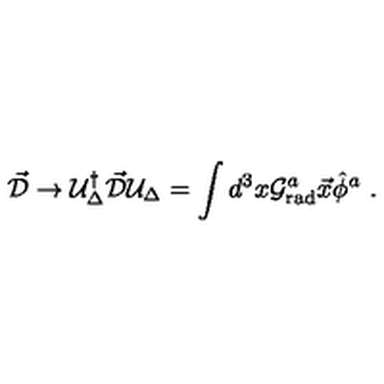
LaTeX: \vec { \cal D } \to { \cal U } _ { \Delta } ^ { \dagger } \vec { \cal D } { \cal U } _ { \Delta } = \int d ^ { 3 } x { \cal G } _ { \mathrm { r a d } } ^ { a } \vec { x } \hat { \phi } ^ { a } \ .